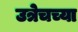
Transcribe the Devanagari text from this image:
उत्रेचच्या